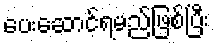
ပေးဆောင်ရမည်ဖြစ်ပြီး